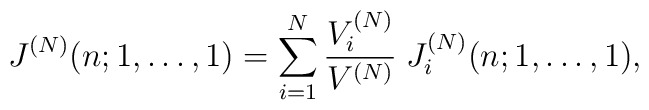
J^{(N)}(n;1, \ldots, 1) = \sum_{i=1}^N \frac{V_i^{(N)}}{V^{(N)}} \;J_i^{(N)}(n;1, \ldots, 1) ,